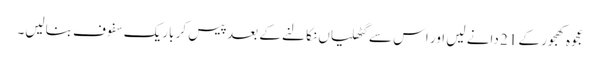
عجوہ کھجور کے 21 دانے لیں اور اس سے گٹھلیاں نکالنے کے بعد پیس کر باریک سفوف بنالیں۔